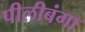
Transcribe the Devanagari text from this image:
पीलीबंगा